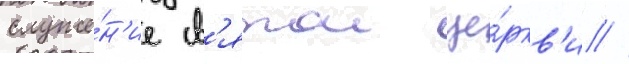
служе́н'ие св'ятои це́ркв'и //